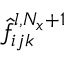
\hat { f } _ { i j k } ^ { l , N _ { x } + 1 }